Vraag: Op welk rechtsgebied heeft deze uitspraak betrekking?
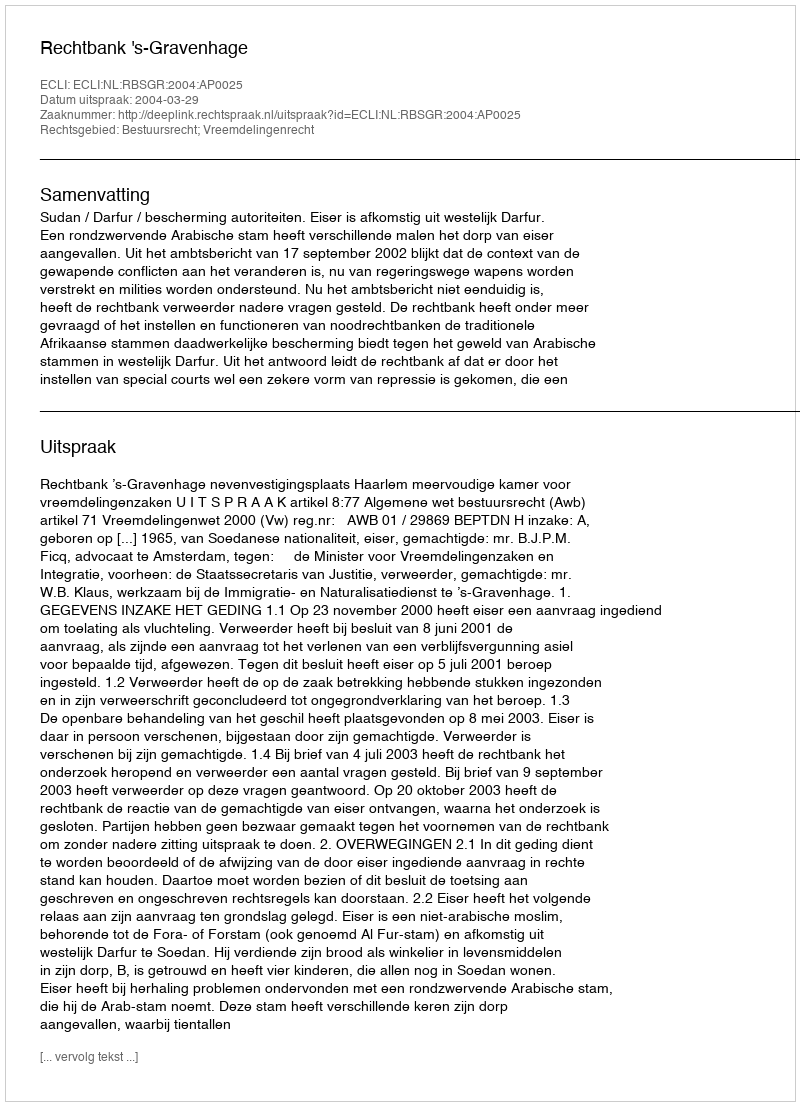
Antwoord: Bestuursrecht; Vreemdelingenrecht